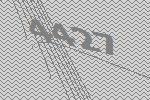
4427